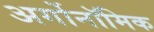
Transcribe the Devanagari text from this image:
अर्गोनॉमिक